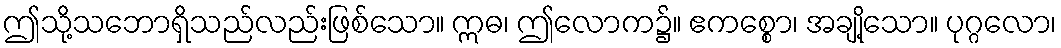
ဤသို့သဘောရှိသည်လည်းဖြစ်သော။ ဣဓ၊ ဤလောက၌။ ဧကစ္စော၊ အချို့သော။ ပုဂ္ဂလော၊